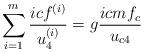
LaTeX: \begin{align*}\sum\limits_{i=1}^m\frac{icf^{(i)}}{u_4^{(i)}}=g\frac{icmf_c}{u_{c4}}\end{align*}